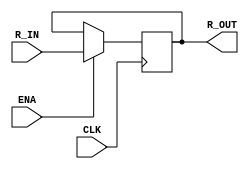
`timescale 1ns / 1ps
module R
(
	CLK,
    ENA,
    R_IN,
    R_OUT
);
    input CLK;
	input ENA;
	input [31:0]R_IN;
	output [31:0]R_OUT;

	reg [31:0]r;
	always @(negedge CLK) begin
		if(ENA) begin
			r <= R_IN;
		end else begin
			r <= r;
		end
	end

	assign R_OUT = r;
endmodule